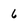
Character: 6